Vaccination in Bombay 1913-1923 - 1913-1923
Year: 1913
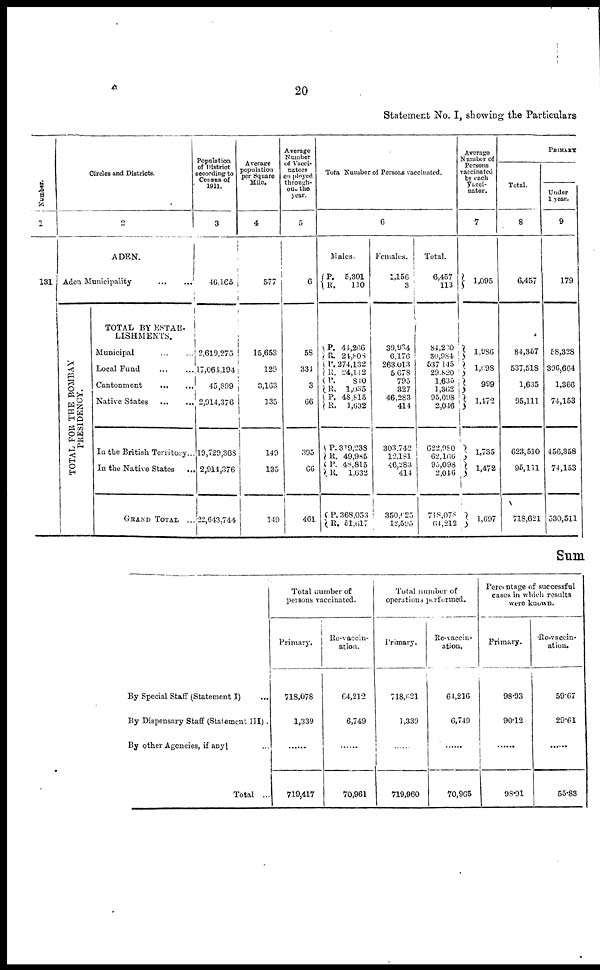
20
Statement No. I, showing the Particulars
Number.
1
131
Circles and Districts.
2
ADEN.
Aden Municipality
...
...
T OTAL FOR THE BOMBAY
PRESIDENCY.
TOTAL BY ESTAB-
LISHMENTS.
Municipal ... ...
Local Fund ... ...
Cantonment
...
...
Native States ... ...
In the British Territory...
In the Native States ...
GRAND TOTAL ...
Population
of District
according to
Census of
1911.
3
46,165
2,619,275
17,064,194
45,899
2,914,376
19,729,368
2,914,376
22,643,744
Average
population
per Square
Mile.
4
577
15,653
129
3,163
135
149
135
149
Average
Number
of Vacci¬
nators
emplayed
through¬
out the
year.
5
6
58
334
3
66
395
66
461
Tota Number of Persons vaccinated.
6
Males.
P.
R.
P.
R.
P.
R.
P.
R.
P.
R.
P.
R.
P.
R.
P.
R.
5,301
110
44,266
24,808
274,132
24,142
840
l,035
48,815
1,632
319,238
49,985
48,815
1,632
368,053
51,617
Females.
1,156
3
39,934
6,176
263,013
5,678
795
327
46,283
414
303,742
12,181
46,283
414
350,625
12,595
Total.
6,457
113
84,230
30,984
537,145
29,820
1,635
1,362
95,098
2,046
622,980
62,166
95,098
2,046
718,078
64,212
Average
Number of
Persons
vaccinated
by each
Vacci¬
nator.
7
1,095
1,986
1,698
999
1,472
1,735
1,472
1,697
PRIMARY
Total.
8
6,457
84,357
537,518
1,635
95,111
623,510
95,111
718,621
Under
1 year.
9
179
58,328
396,664
1,366
74,153
456,358
74,153
530,511
Sum
By Special Staff (Statement I) ...
By Dispensary Staff (Statement III) .
By other Agencies, if any ...
Total ...
Total number of
persons vaccinated.
Primary.
718,078
1,339
......
719,417
Re-vaccin¬
ation.
64,212
6,749
......
70,961
Total number of
operations performed.
Primary.
718,621
1,339
......
719,960
Re-vaccin-
ation.
64,216
6,749
......
70,965
Percentage of successful
cases in which results
were known.
Primary.
98.93
90.12
......
98.91
Re-vaccin-
ation.
59.67
29.61
......
55.83